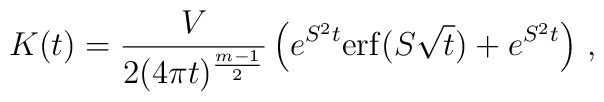
K(t)=\frac {V}{2(4\pi t)^{\frac{m-1}2}} \left( e^{S^2t} {\rm erf}(S\sqrt t ) +e^{S^2t} \right)\,,